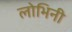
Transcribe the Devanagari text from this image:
लोभिनी